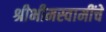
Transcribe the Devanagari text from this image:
श्रीभीमस्वामींचे